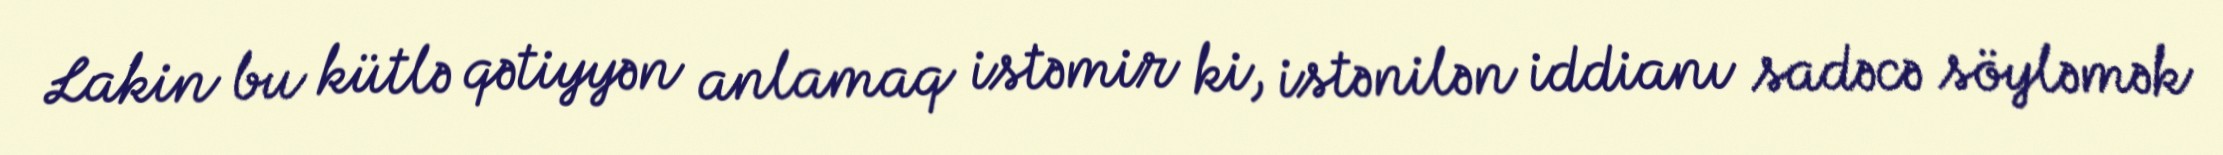
Lakin bu kütlə qətiyyən anlamaq istəmir ki, istənilən iddianı sadəcə söyləmək